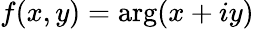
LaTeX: f(x,y)=\arg(x+iy)